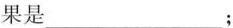
果是___；